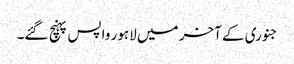
جنوری کے آخر میں لاہور واپس پہنچ گئے۔